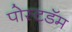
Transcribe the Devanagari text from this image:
पोस्टडॅम